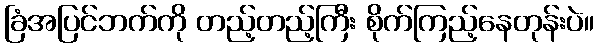
ခြံအပြင်ဘက်ကို တည့်တည့်ကြီး စိုက်ကြည့်နေတုန်းပဲ။